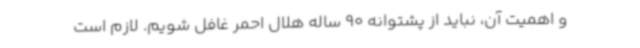
و اهمیت آن، نباید از پشتوانه 90 ساله هلال احمر غافل شویم. لازم است